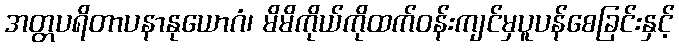
အတ္တပရိတာပနာနုယောဂံ၊ မိမိကိုယ်ကိုထက်ဝန်းကျင်မှပူပန်စေခြင်းနှင့်